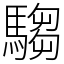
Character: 騶